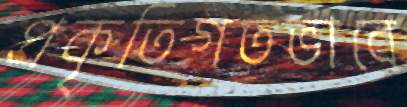
প্রকৃতিগতভাবে